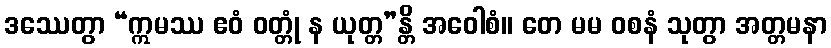
ဒဿေတွာ “ဣမဿ ဧဝံ ဝတ္တုံ န ယုတ္တ”န္တိ အဝေါစံ။ တေ မမ ဝစနံ သုတွာ အတ္တမနာ